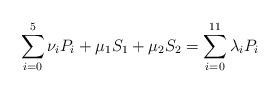
LaTeX: \begin{align*}\sum_{i=0}^{5}\nu_i P_i+\mu_1S_1+\mu_2S_2=\sum_{i=0}^{11}\lambda_i P_i\end{align*}